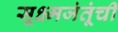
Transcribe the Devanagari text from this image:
सूक्ष्मजंतूंची